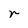
Character: r